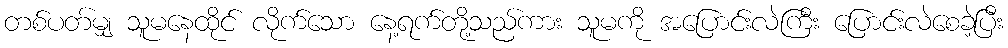
တစ်ပတ်မျှ သူမနေထိုင် လိုက်သော နေ့ရက်တို့သည်ကား သူမကို အပြောင်းလဲကြီး ပြောင်းလဲစေခဲ့ပြီး